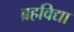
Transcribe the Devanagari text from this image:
ब्रहविद्या